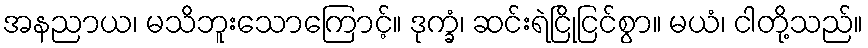
အနညာယ၊ မသိဘူးသောကြောင့်။ ဒုက္ခံ၊ ဆင်းရဲငြိုငြင်စွာ။ မယံ၊ ငါတို့သည်။